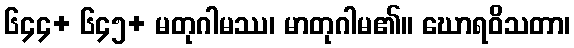
၆၄၄+ ၆၄၅+ မတုဂါမဿ၊ မာတုဂါမ၏။ ဃောရဝိသတာ၊